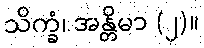
သိက္ခံ၊ အန္တိမာ (၂)။